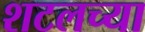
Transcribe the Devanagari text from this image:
शटलच्या